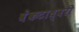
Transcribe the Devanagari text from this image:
वेंकटाध्वरी